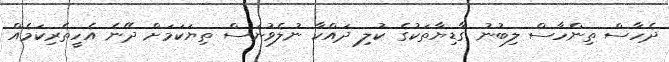
ދެހާސް ތިންހާސް ލިބުނު ގާޑިޔާތަކުގެ ކުލި ދައްކާ ނުލެވުނަސް ތިޔަކަމަށް ދޭނެ އެހީތެރިކަމެއް